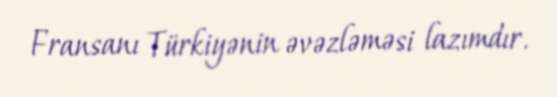
Fransanı Türkiyənin əvəzləməsi lazımdır.